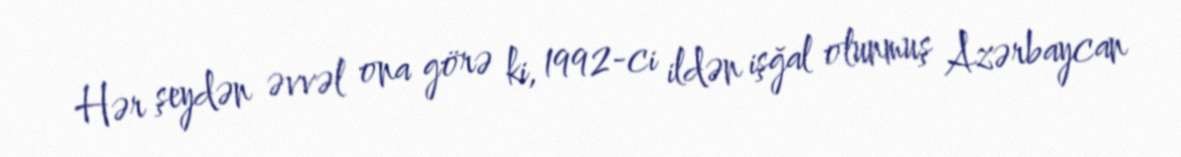
Hər şeydən əvvəl ona görə ki, 1992-ci ildən işğal olunmuş Azərbaycan